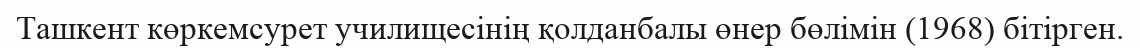
Ташкент көркемсурет училищесінің қолданбалы өнер бөлімін (1968) бітірген.